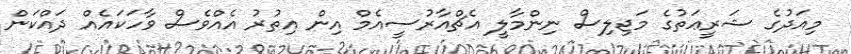
މިއަދުގެ ޝަރީޢަތުގެ މަޖިލިސް ނިންމާލީ އެޗްއާރުސީއެމް އިން އިތުރު އެއްވެސް ވާހަކައެއް ދައްކަން